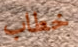
خطاب